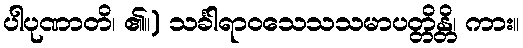
ပါပုဏာတိ၊ ၏။) သင်္ခါရာဝသေသသမာပတ္တိန္တိ၊ ကား။